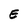
Character: E